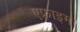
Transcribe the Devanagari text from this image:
एफ्राइम